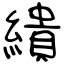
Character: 繢